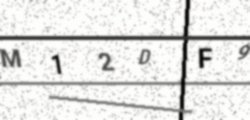
Text: M12DF9